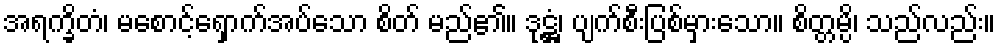
အရက္ခိတံ၊ မစောင့်ရှောက်အပ်သော စိတ် မည်၏။ ဒုဋ္ဌံ၊ ပျက်စီးပြစ်မှားသော။ စိတ္တမ္ပိ၊ သည်လည်း။